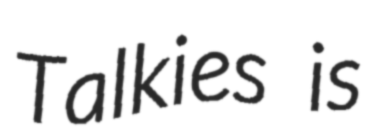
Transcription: Talkies is